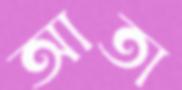
আতা